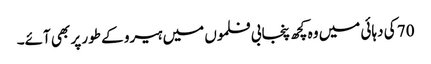
70 کی دہائی میں وہ کچھ پنجابی فلموں میں ہیرو کے طور پر بھی آئے۔